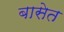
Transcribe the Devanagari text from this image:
बासेत